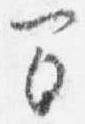
間